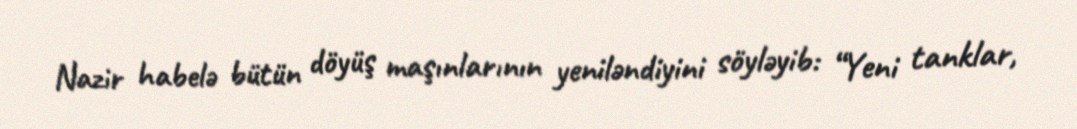
Nazir habelə bütün döyüş maşınlarının yeniləndiyini söyləyib: “Yeni tanklar,